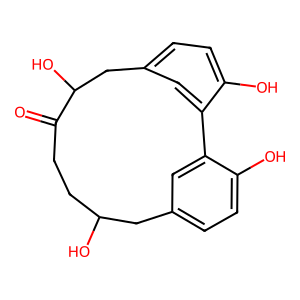
SMILES: O=C1CCC(O)Cc2ccc(O)c(c2)-c2cc(ccc2O)CC1O
Inhibits HIV replication: No